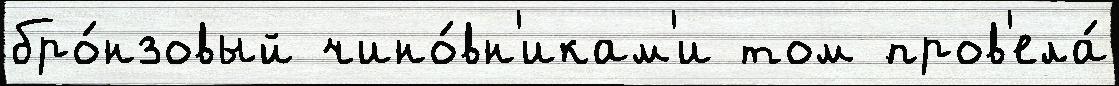
бро́нзовый чино́вн'икам'и том пров'ела́